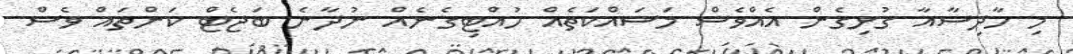
މި ހާދިސާއާ ގުޅިގެން އެއްވެސް މަސައްކަތެއް ހުއްޓިގެނެއް ނުދާނެ ބަޖެޓް ކަންތައް ވެސް